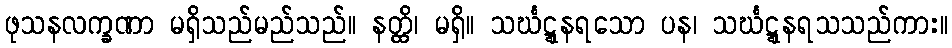
ဖုသနလက္ခဏာ မရှိသည်မည်သည်။ နတ္ထိ၊ မရှိ။ သင်္ဃဋ္ဋနရသော ပန၊ သင်္ဃဋ္ဋနရသသည်ကား။